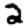
Digit: 2